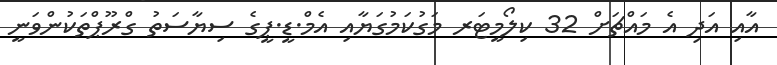
އާއި އަދި އެ މައްޗަށް 32 ކިލޯމީޓަރ މަގުކަމުގަޔާއި އެމް.ޑީ.ޕީގެ ސިޔާސަތު ގްރޫޕްތަކުންވަނީ